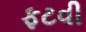
ફટવી